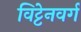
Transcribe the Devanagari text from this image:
विट्टेनवर्ग